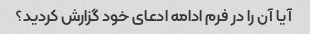
آیا آن را در فرم ادامه ادعای خود گزارش کردید؟